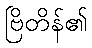
ဗြိတိန်၏